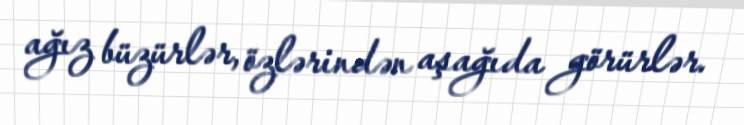
ağız büzürlər, özlərindən aşağıda görürlər.